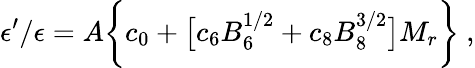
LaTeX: \epsilon^{\prime}/\epsilon=A\bigg\{ c_{0}+\big[c_{6}B_{6}^{1/2}+c_{8}B_{8}^{3/2}\big]M_{r}\bigg\} \ ,